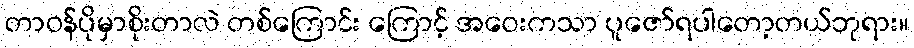
တာဝန်ပိုမှာစိုးတာလဲ တစ်ကြောင်း ကြောင့် အဝေးကသာ ပူဇော်ရပါတော့တယ်ဘုရား။